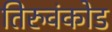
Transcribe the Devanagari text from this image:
तिरुवंकोड